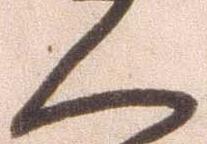
く